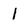
Character: 1